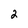
Character: 2